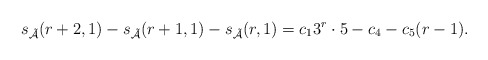
\begin{align*}s_\mathcal{\tilde{A}}(r+2,1)-s_\mathcal{\tilde{A}}(r+1,1)-s_\mathcal{\tilde{A}}(r,1)=c_13^r\cdot 5-c_4-c_5(r-1).\end{align*}